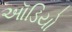
ઑડિયો